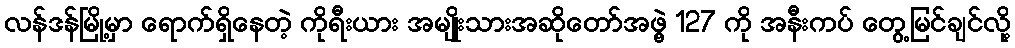
လန်ဒန်မြို့မှာ ရောက်ရှိနေတဲ့ ကိုရီးယား အမျိုးသားအဆိုတော်အဖွဲ့ 127 ကို အနီးကပ် တွေ့မြင်ချင်လို့